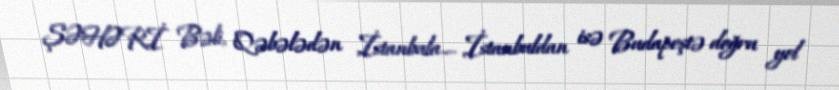
ŞƏHƏRİ Bəli, Qəbələdən İstanbula.... İstanbuldan isə Budapeştə doğru yol